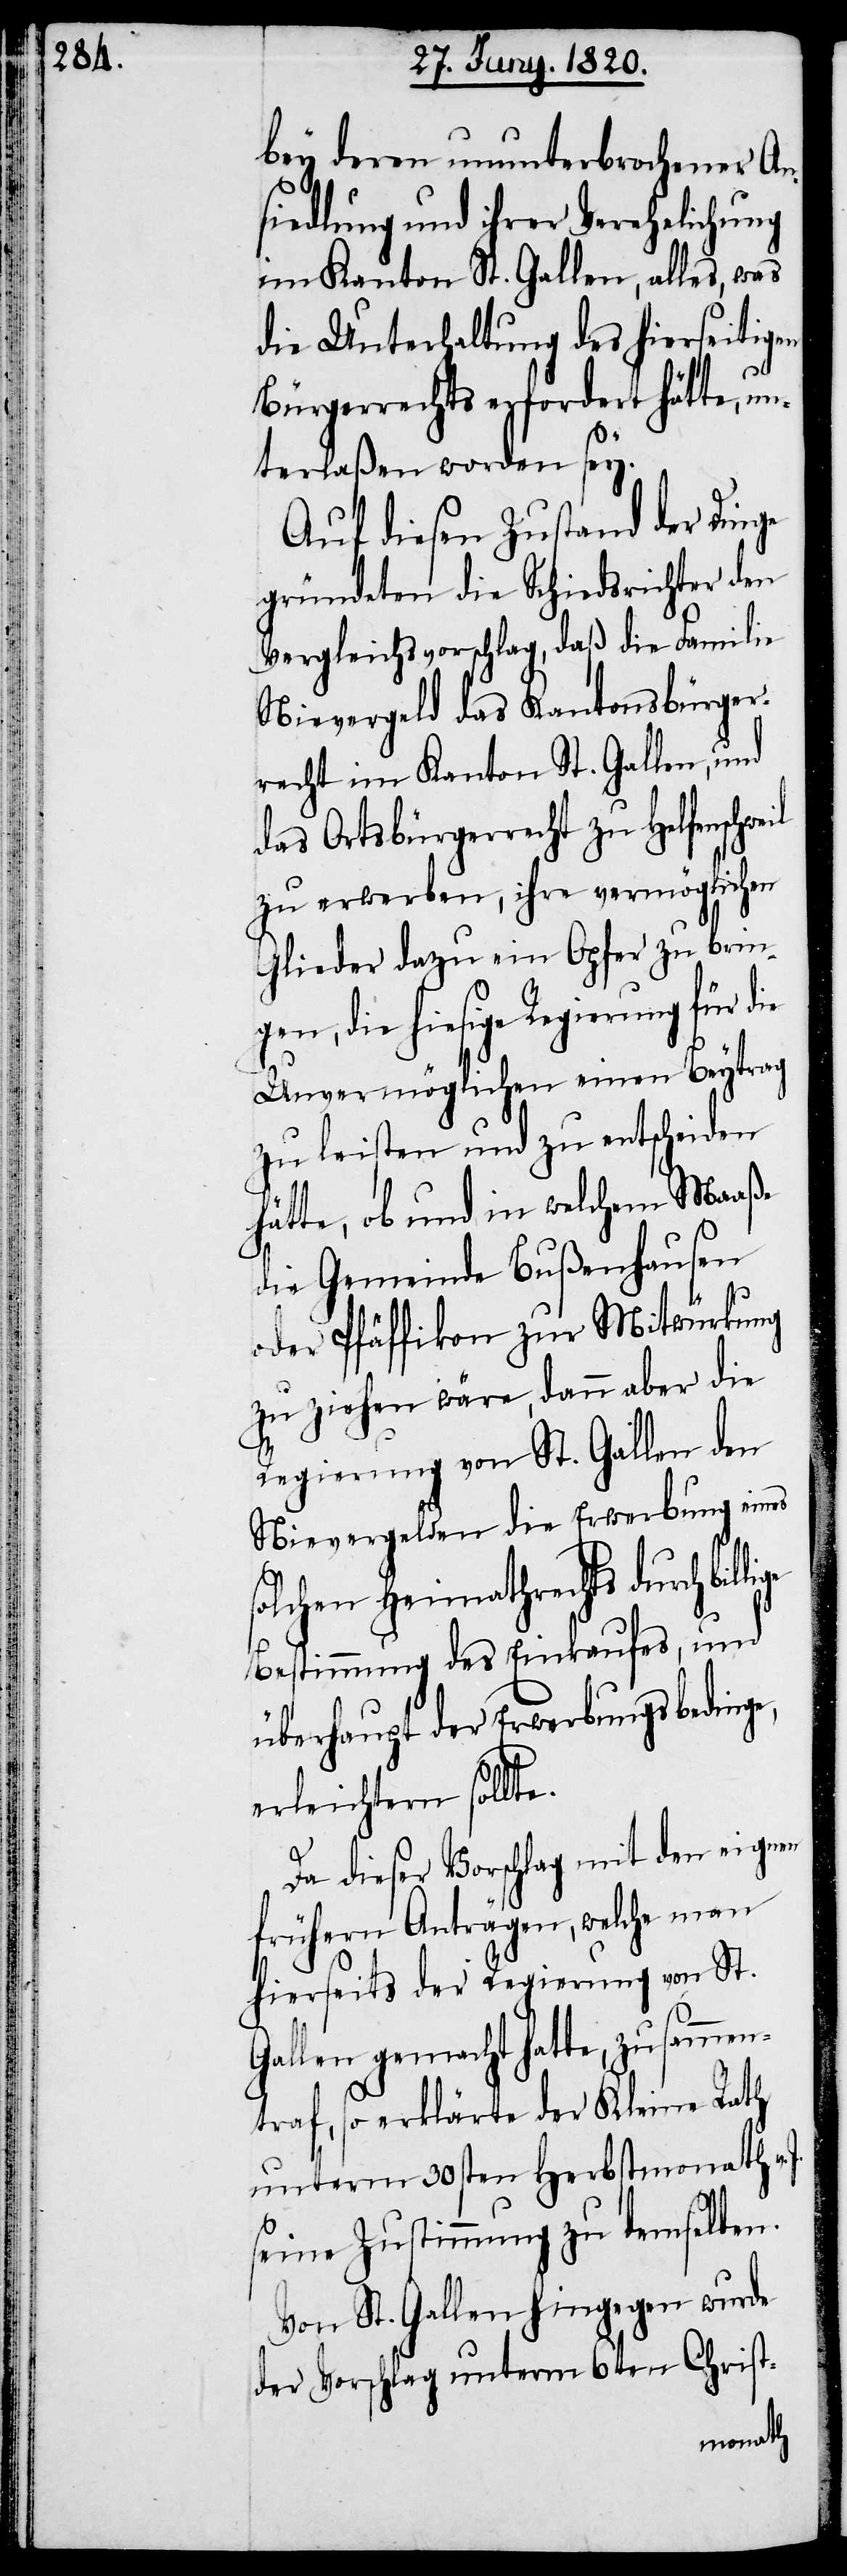
il

bey deren ununterbrochener An¬
siedlung und ihrer Verehelichung
im Kanton St. Gallen, alles, was
die Unterhaltung des hierseitigen
Bürgerrechts erfordert hätte, un¬
terlaßen worden sey.
Auf diesen Zustand der Dinge
gründeten die Schiedsrichter den
Vergleichsvorschlag, daß die Familie
Nievergeld das Kantonsbürger¬
recht im Kanton St. Gallen, und
das Ortsbürgerrecht zu Helfenschwe¬
zu erwerben, ihre vermöglichen
Glieder dazu ein Opfer zu bring¬
en, die hiesige Regierung für
Unvermöglichen einen Beytrag
zu leisten und zu entscheiden
hätte, ob und in welchem Maaße
die Gemeinde Bußenhausen
oder Pfäffikon zur Mitwürkung
zu ziehen wäre, dann aber die
Regierung von St. Gallen den
Nievergelden die Erwerbung eines
solchen Heimathrechts durch
Bestimmung des Einkaufes, und
überhaupt der Erwerbungs bedinge,
erleichtern sollte.
Da dieser Vorschlag mit den eigenen
frühern Anträgen, welche man
hierseits der Regierung von St.
Gallen gemacht hatte, zusammen¬
traf, so erklärte der Kleine Rath
unterm 30sten Herbstmonath v.
seine Zustimmung zu demselben.
Von St. Gallen hingegen wurde
der Vorschlag unterm 6ten Christ-